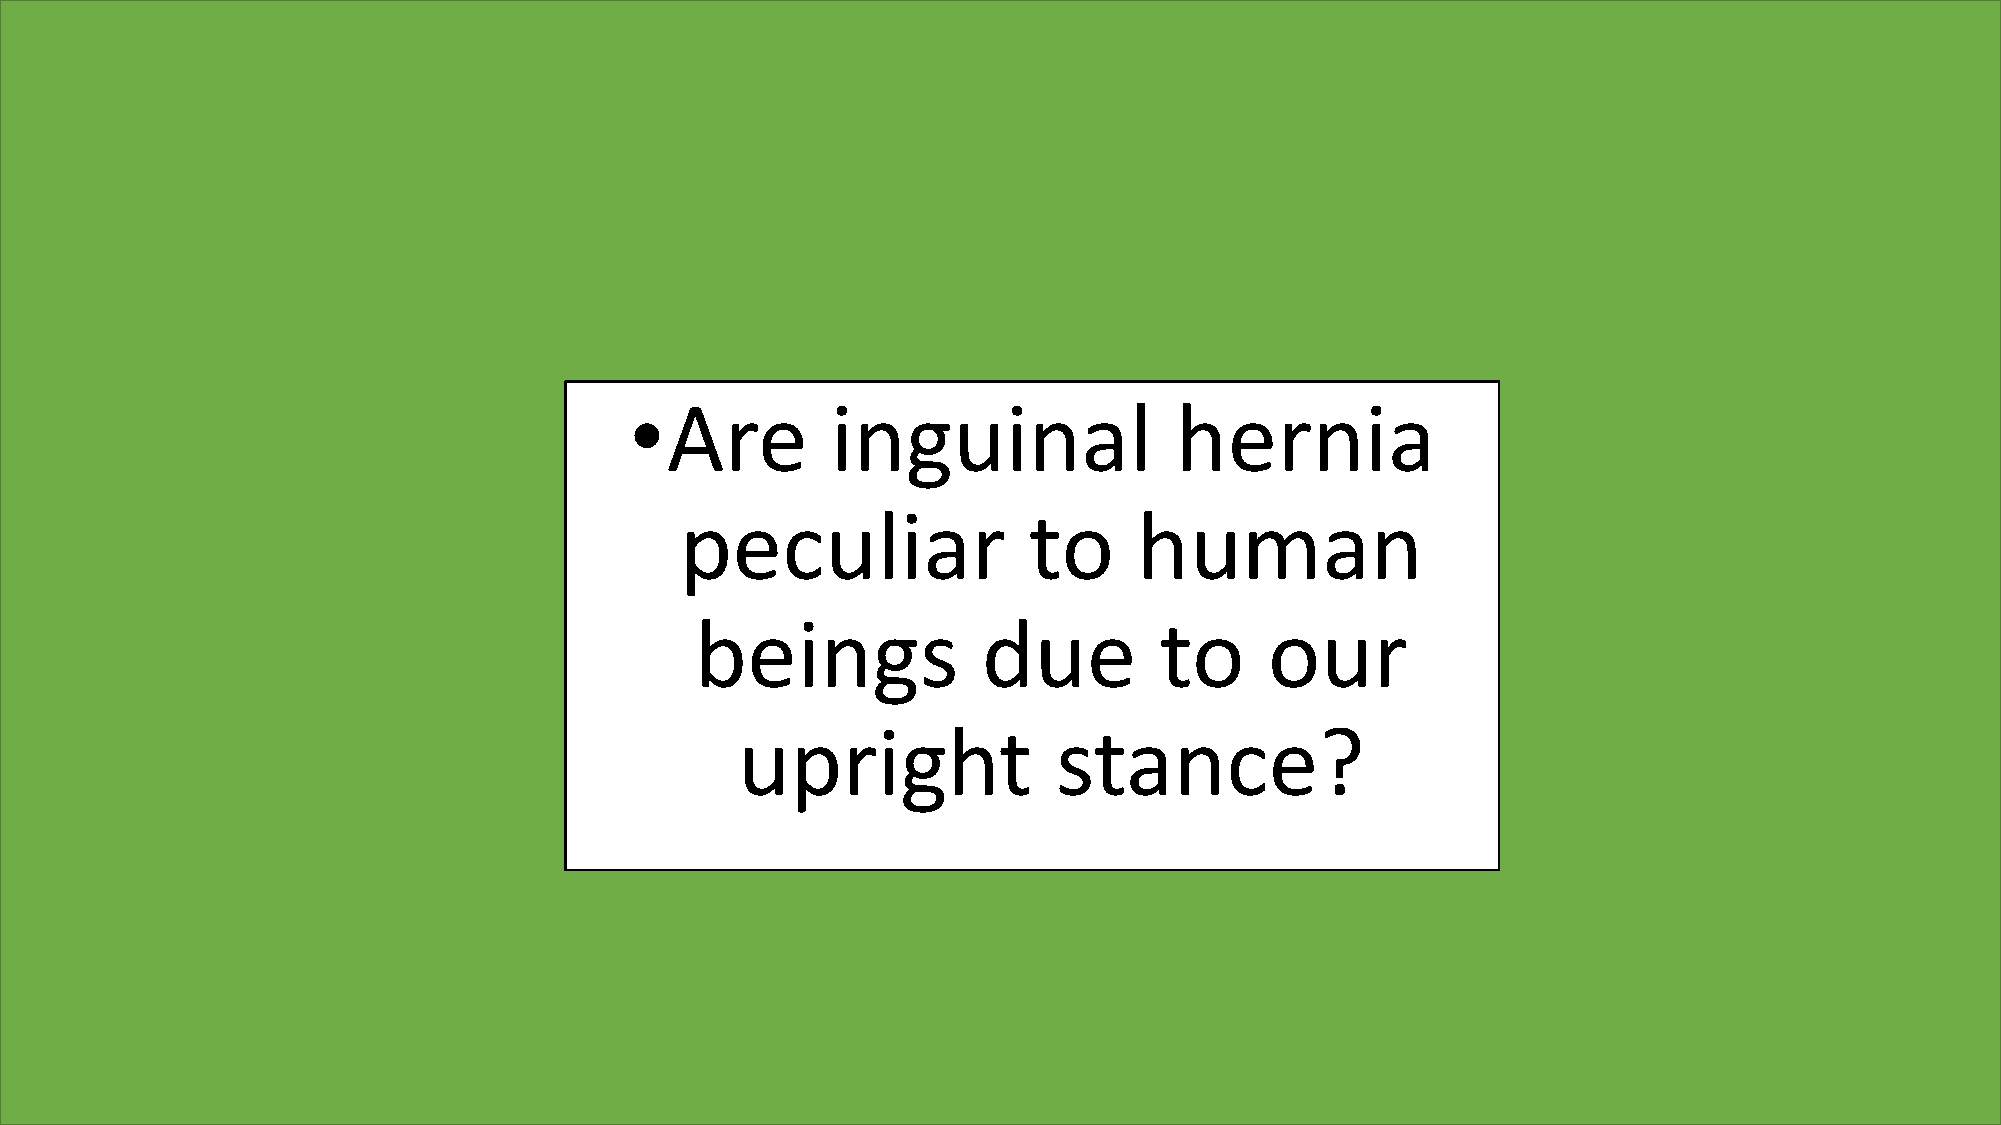
•Are         inguinal               hernia
 peculiar               to     human
 beings             due         to     our
 upright              stance?